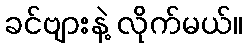
ခင်ဗျားနဲ့ လိုက်မယ်။